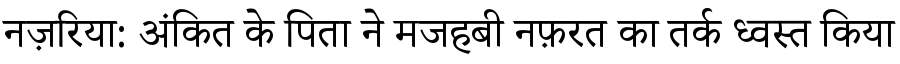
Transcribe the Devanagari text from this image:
नज़रिया: अंकित के पिता ने मजहबी नफ़रत का तर्क ध्वस्त किया